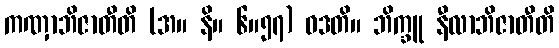
ကဏှာဘိဇာတီတိ (အ။ နိ။ ၆။၅၇) ဝဒတိ။ ဘိက္ခူ နီလာဘိဇာတီတိ